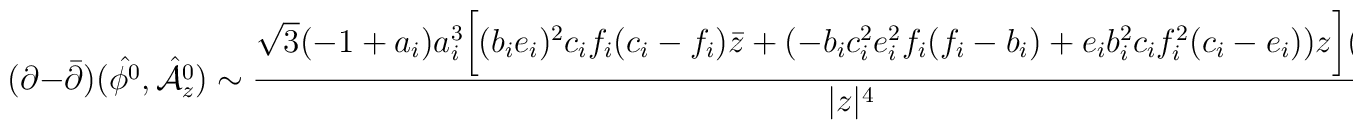
(\partial-{\bar\partial})(\hat{{\cal\phi}^0},\hat{{\cal A}_z^0})\sim{\sqrt{3}(-1+a_i)a_i^3\biggl[(b_ie_i)^2c_if_i(c_i-f_i){\bar z}+(-b_ic_i^2e_i^2f_i(f_i-b_i)+ e_ib_i^2c_if_i^2(c_i-e_i))z\biggr](z-{\bar z})\over|z|^4},